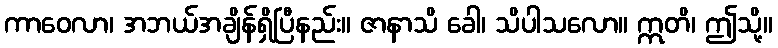
ကာဝေလာ၊ အဘယ်အချိန်ရှိပြီနည်း။ ဇာနာသိ ခေါ၊ သိပါသလော။ ဣတိ၊ ဤသို့။